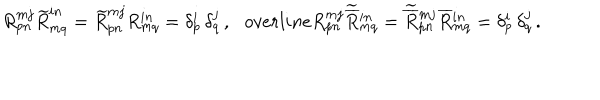
R _ { p n } ^ { m j } \widetilde { R } _ { m q } ^ { i n } = \widetilde { R } _ { p n } ^ { m j } R _ { m q } ^ { i n } = \delta _ { p } ^ { i } \, \delta _ { q } ^ { j } \, , \ \ \, o v e r l i n e { R } { } _ { p n } ^ { m j } \widetilde { \overline { { { R } } } } { } _ { m q } ^ { i n } = \widetilde { \overline { { { R } } } } { } _ { p n } ^ { m j } \overline { { { R } } } { } _ { m q } ^ { i n } = \delta _ { p } ^ { i } \, \delta _ { q } ^ { j } \, .